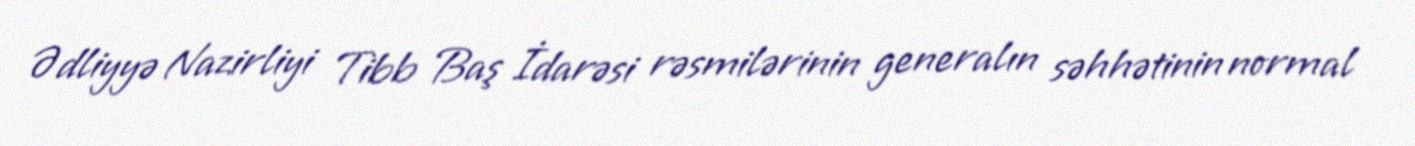
Ədliyyə Nazirliyi Tibb Baş İdarəsi rəsmilərinin generalın səhhətinin normal